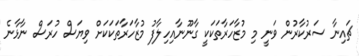
ޗައިނާ ސަރުކާރުން ވަނީ މި މުޒާހަރާތަކަކީ ގާނޫނާއިހިލާފު މުޒާހަރާތަކަކަށް ވިޔަސް ހުރަސް ނާޅާނެ